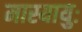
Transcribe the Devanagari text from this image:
मास्यायुः